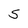
Character: S